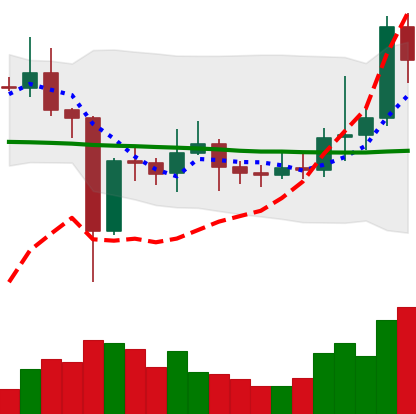
Ticker: EOS-USD
Chart end date: 2021-01-07
Forward return: -19.142%
Label: down_7plus